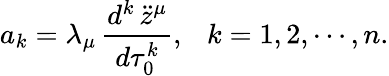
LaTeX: a_{k}=\lambda_{\mu}\, {\frac{d^{k}\, \ddot{z}^{\mu}}{d\tau_{0}^{k}}},~~~k=1,2,\cdots,n.